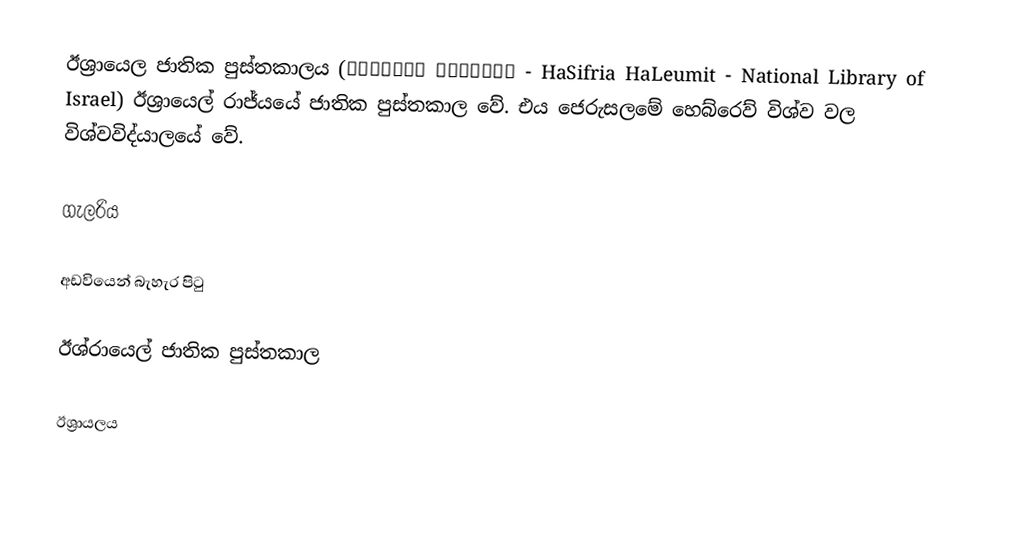
ඊශ්‍රායෙල ජාතික පුස්තකාලය (הספרייה הלאומית - HaSifria HaLeumit - National Library of Israel) ඊශ්‍රායෙල් රාජ්යයේ ජාතික පුස්තකාල වේ. එය ජෙරුසලමේ හෙබ්රෙව් විශ්ව වල විශ්වවිද්යාලයේ වේ.

ගැලරිය

අඩවියෙන් බැහැර පිටු

 ඊශ්රායෙල් ජාතික පුස්තකාල

ඊශ්‍රායලය